Civil Veterinary Dept. Bombay admin report 1923-31 - 1923-1931
Year: 1923
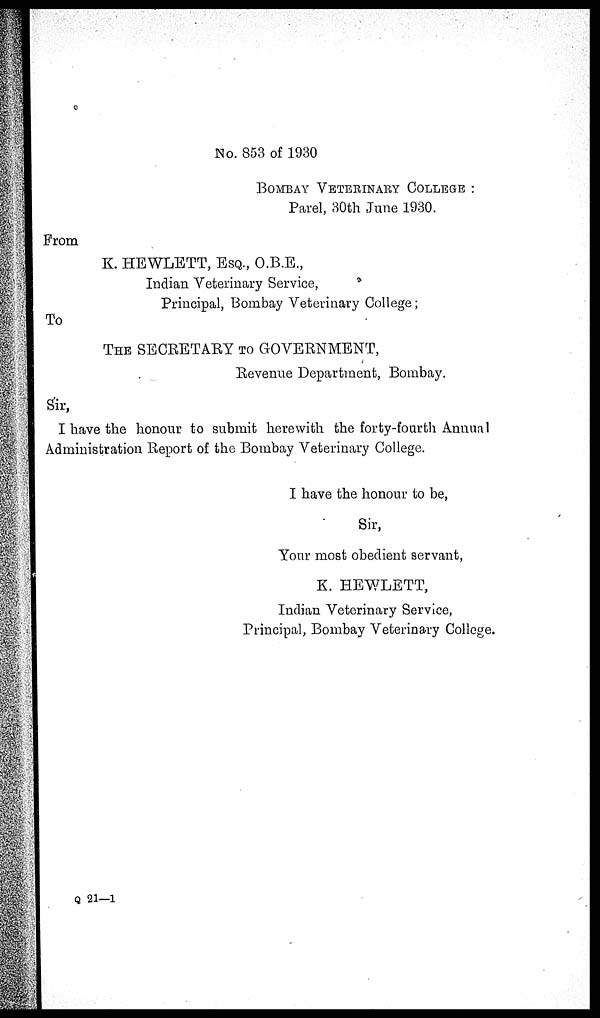
No. 853 of 1930
BOMBAY VETERINARY COLLEGE :
Parel, 30th June 1930.
From
K. HEWLETT, ESQ., O.B.E.,
Indian Veterinary Service,
Principal, Bombay Veterinary College;
To
THE SECRETARY TO GOVERNMENT,
Revenue Department, Bombay.
Sir,
I have the honour to submit herewith the forty-fourth Annual
Administration Report of the Bombay Veterinary College.
I have the honour to be,
Sir,
Your most obedient servant,
K. HEWLETT,
Indian Veterinary Service,
Principal, Bombay Veterinary College.
Q 21—1